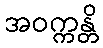
အဝက္ကန္တိ